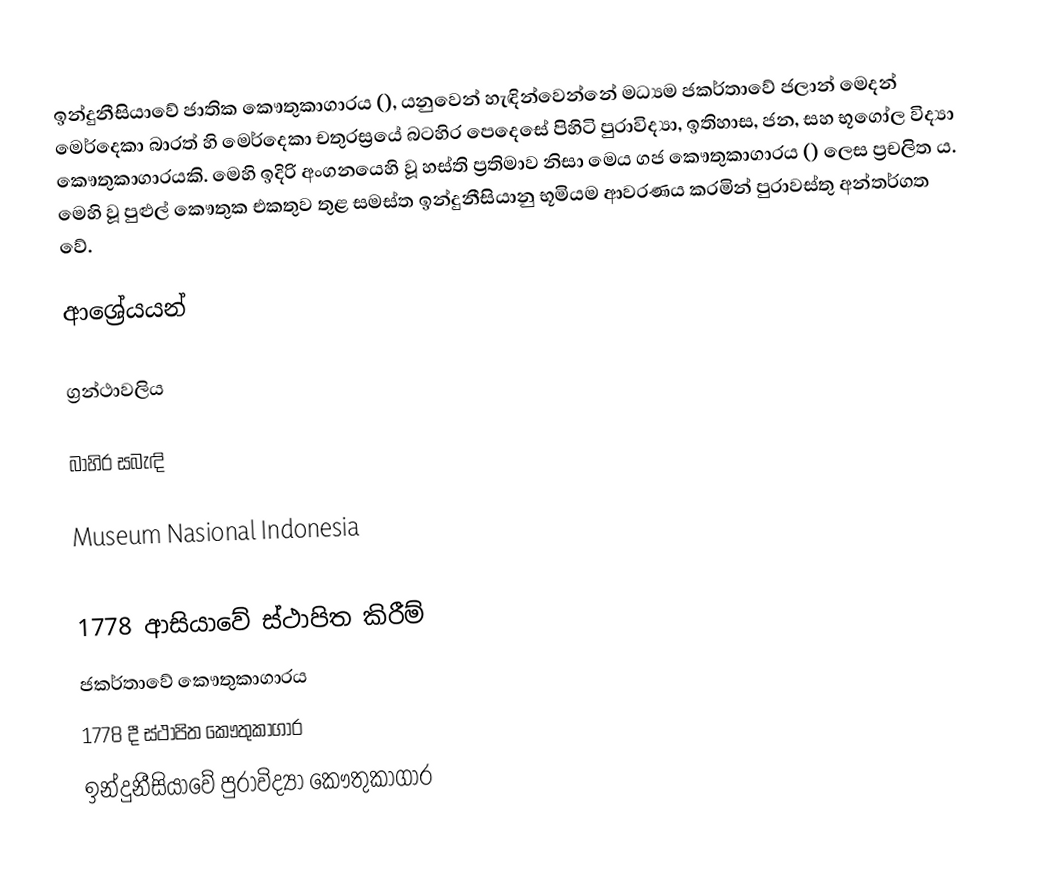
ඉන්දුනීසියාවේ ජාතික කෞතුකාගාරය (), යනුවෙන් හැඳින්වෙන්නේ මධ්‍යම ජකර්තාවේ ජලාන් මෙදන් මෙර්දෙකා බාරත් හි මෙර්දෙකා චතුරස්‍රයේ බටහිර පෙදෙසේ පිහිටි පුරාවිද්‍යා, ඉතිහාස, ජන, සහ භූගෝල විද්‍යා කෞතුකාගාරයකි. මෙහි ඉදිරි අංගනයෙහි වූ හස්ති ප්‍රතිමාව නිසා මෙය ගජ කෞතුකාගාරය () ලෙස ප්‍රචලිත ය. මෙහි වූ පුළුල් කෞතුක එකතුව තුළ සමස්ත ඉන්දුනීසියානු භූමියම ආවරණය කරමින් පුරාවස්තු අන්තර්ගත වේ.

ආශ්‍රේයයන්

ග්‍රන්ථාවලිය

බාහිර සබැඳි

Museum Nasional Indonesia

1778 ආසියාවේ ස්ථාපිත කිරීම්
ජකර්තාවේ කෞතුකාගාරය
1778 දී ස්ථාපිත කෞතුකාගාර
ඉන්දුනීසියාවේ පුරාවිද්‍යා කෞතුකාගාර